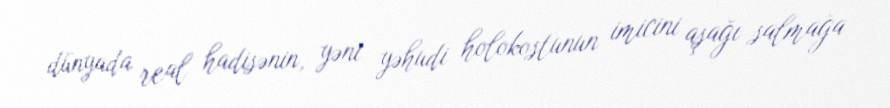
dünyada real hadisənin, yəni yəhudi holokostunun imicini aşağı salmağa